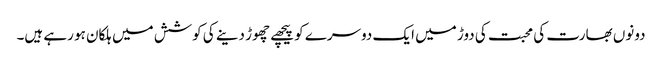
دونوں بھارت کی محبت کی دوڑ میں ایک دوسرے کو پیچھے چھوڑ دینے کی کوشش میں ہلکان ہو رہے ہیں۔